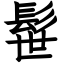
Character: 髰